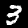
Label: 3